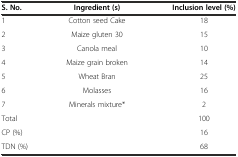
| S. No. | Ingredient (s) | Inclusion level (%) |
 | --- | --- | --- |
 | 1 | Cotton seed Cake | 18 |
 | 2 | Maize gluten 30 | 15 |
 | 3 | Canola meal | 10 |
 | 4 | Maize grain broken | 14 |
 | 5 | Wheat Bran | 25 |
 | 6 | Molasses | 16 |
 | 7 | Minerals mixture* | 2 |
 | <COLSPAN=2> Total | 100 |
 | <COLSPAN=2> CP (%) | 16 |
 | <COLSPAN=2> TDN (%) | 68 |